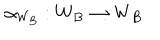
\alpha _ { W _ { B } } : W _ { B } \to W _ { B }